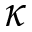
\kappa